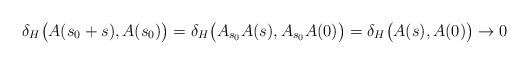
LaTeX: \begin{align*}\delta_H\bigl(A(s_0+s),A(s_0)\bigr)=\delta_H\bigl(A_{s_0}A(s),A_{s_0}A(0)\bigr)=\delta_H\bigl(A(s),A(0)\bigr)\rightarrow 0\end{align*}